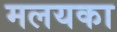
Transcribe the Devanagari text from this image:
मलयका